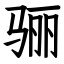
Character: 骊